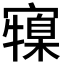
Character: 𭔜